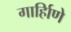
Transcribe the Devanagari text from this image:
गार्हािणे